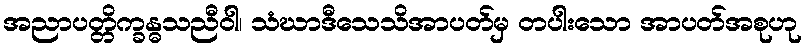
အညာပတ္တိက္ခန္ဓသညီဝါ၊ သံဃာဒီသေသိအာပတ်မှ တပါးသော အာပတ်အစုဟု